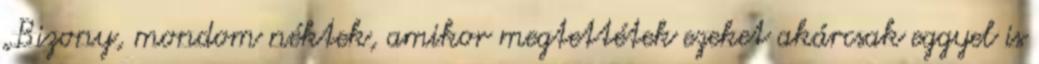
„Bizony, mondom néktek, amikor megtettétek ezeket akárcsak eggyel is